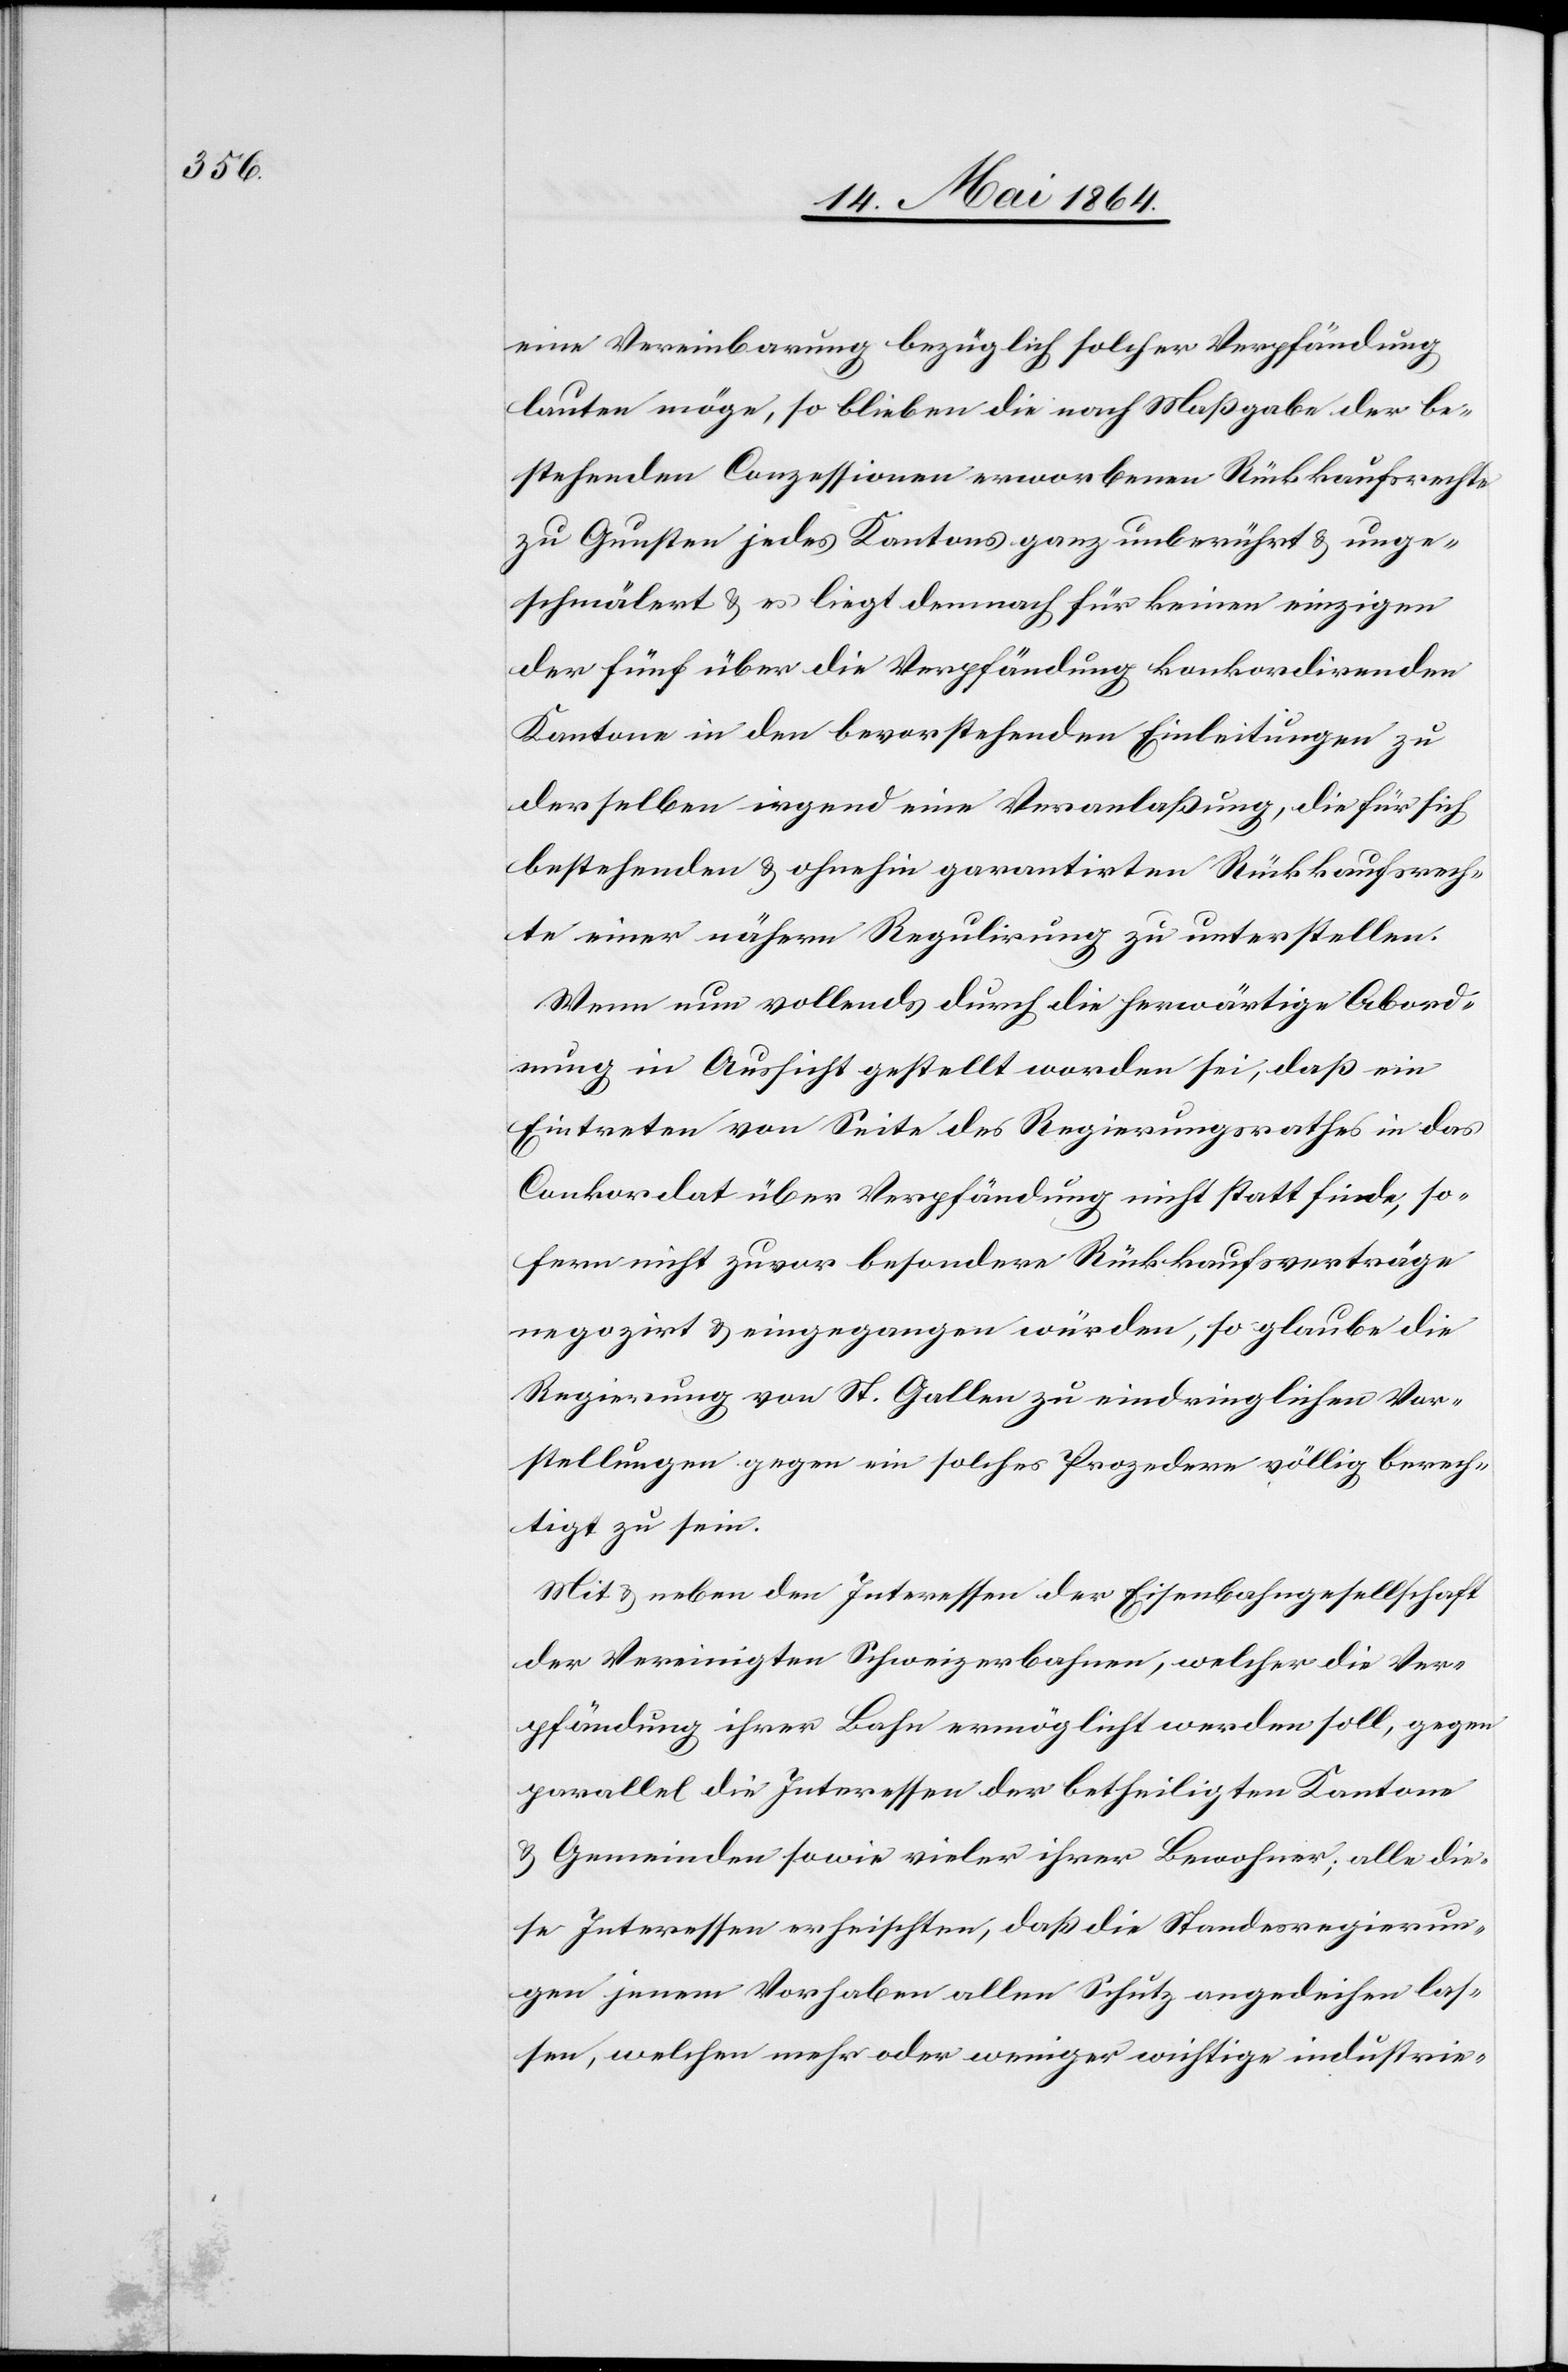
eine Vereinbarung bezüglich solcher Verpfändung
lauten möge, so blieben die nach Maßgabe der be¬
stehenden Conzessionen erworbenen Rückkaufsrechte
zu Gunsten jedes Kantons ganz unberührt u. unge¬
schmälert u. es liegt demnach für keinen einzigen
der fünf über die Verpfändung konkordirenden
Kantone in den bevorstehenden Einleitungen zu
derselben irgend eine Veranlaßung, die für sich
bestehenden u. ohnehin garantirten Rückkaufsrech¬
te einer nähern Regulirung zu unterstellen.
Wenn nun vollends durch die herwärtige Abord¬
nung in Aussicht gestellt worden sei, daß ein
Eintreten von Seite des Regierungsrathes in das
Conkordat über Verfügung nicht stattfinde, so¬
fern nicht zuvor besondere Rückkaufsverträge
negozirt u. eingegangen würden, so glaube die
Regierung von St. Gallen zu eindringlichen Vor¬
stellungen gegen ein solches Prozedere völlig berech¬
tigt zu sein.
Mit u. neben den Interessen der Eisenbahngesellschaft
der Vereinigten Schweizerbahnen, welcher die Ver¬
pfändung ihrer Bahn ermöglicht werden soll, gegen
parallel die Interessen der betheiligten Kantone
u. Gemeinden sowie vieler ihrer Bewohner; alle die¬
se Interessen erheischten, daß die Standesregierun¬
gen jenem Vorhaben allen Schutz angedeihen las¬
sen, welchen mehr oder weniger wichtige industrie-